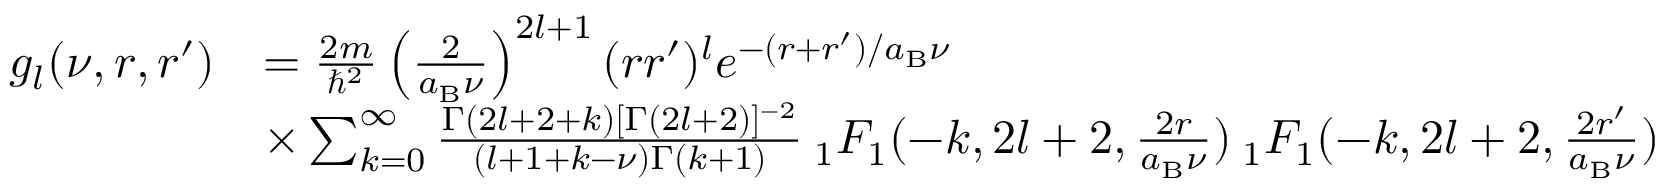
\begin{array} { r l } { g _ { l } ( \nu , r , r ^ { \prime } ) } & { = \frac { 2 m } { \hbar ^ { 2 } } \left( \frac { 2 } { a _ { \mathrm { B } } \nu } \right) ^ { 2 l + 1 } ( r r ^ { \prime } ) ^ { l } e ^ { - ( r + r ^ { \prime } ) / a _ { \mathrm { B } } \nu } } \\ & { \times \sum _ { k = 0 } ^ { \infty } \frac { \Gamma ( 2 l + 2 + k ) [ \Gamma ( 2 l + 2 ) ] ^ { - 2 } } { ( l + 1 + k - \nu ) \Gamma ( k + 1 ) } \: _ { 1 } F _ { 1 } ( - k , 2 l + 2 , \frac { 2 r } { a _ { \mathrm { B } } \nu } ) \: _ { 1 } F _ { 1 } ( - k , 2 l + 2 , \frac { 2 r ^ { \prime } } { a _ { \mathrm { B } } \nu } ) } \end{array}